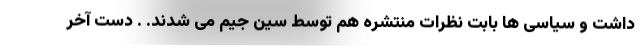
داشت و سیاسی ها بابت نظرات منتشره هم توسط سین جیم می شدند. . دست آخر